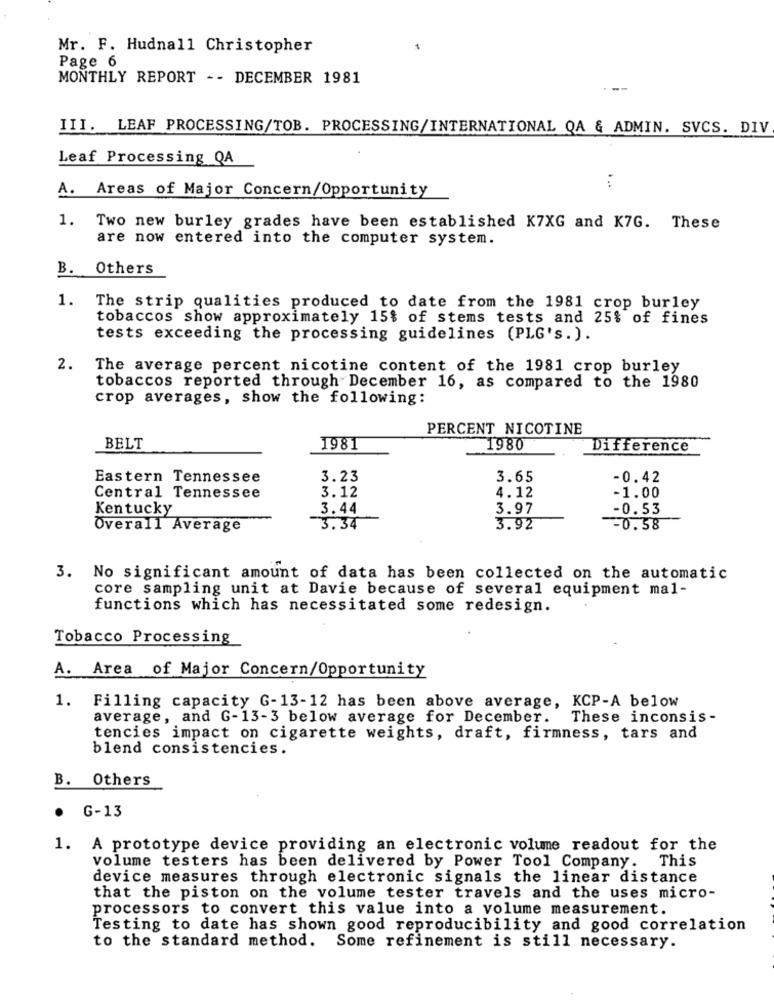
Mr. F. Hudnall Christopher
Page 6
MONTHLY REPORT -- DECEMBER 1981
--
III. LEAF PROCESSING/TOB. PROCESSING/INTERNATIONAL QA & ADMIN. SVCS. DIV
Leaf Processing QA
. ..
A. Areas of Major Concern/Opportunity
1. Two new burley grades have been established K7XG and K7G. These
are now entered into the computer system.
B. Others
1.
The strip qualities produced to date from the 1981 crop burley
tobaccos show approximately 15% of stems tests and 25% of fines
tests exceeding the processing guidelines (PLG's.).
2.
The average percent nicotine content of the 1981 crop burley
tobaccos reported through December 16, as compared to the 1980
crop averages, show the following:
PERCENT NICOTINE
BELT
1981
1980
Difference
Eastern Tennessee
3.23
3.65
-0.42
Central Tennessee
3.12
4.12
-1.00
Kentucky
3.44
3.97
-0.53
Overall Average
3.34
3.92
-0.58
3. No significant amount of data has been collected on the automatic
core sampling unit at Davie because of several equipment mal-
functions which has necessitated some redesign.
Tobacco Processing
A. Area of Major Concern/Opportunity
1. Filling capacity G-13-12 has been above average, KCP-A below
average, and G-13-3 below average for December.
These inconsis -
tencies impact on cigarette weights, draft, firmness, tars and
blend consistencies.
B.
Others
.
G-13
1. A prototype device providing an electronic volume readout for the
volume testers has been delivered by Power Tool Company. This
device measures through electronic signals the linear distance
that the piston on the volume tester travels and the uses micro-
processors to convert this value into a volume measurement.
Testing to date has shown good reproducibility and good correlation
to the standard method.
Some refinement is still necessary.